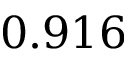
0 . 9 1 6